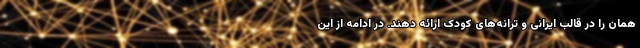
همان را در قالب ایرانی و ترانه‌های کودک ارائه دهند. در ادامه از این